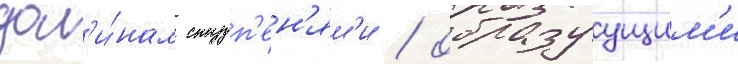
дол'и́нам ступ'ен'ям'и / образуущим'и